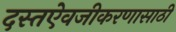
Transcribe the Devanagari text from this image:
दस्तऐवजीकरणासाठी